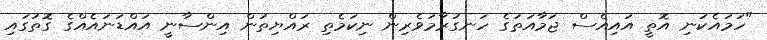
"ހަމައެކަނި އޮތީ އައިއެސް ޖަމާއަތުގެ ހަނގުރާމަވެރިން ނިކަމެތި ރައްޔިތުން އިންސާނީ އައްޑަނައެއްގެ ގޮތުގައި